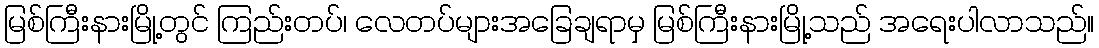
မြစ်ကြီးနားမြို့တွင် ကြည်းတပ်၊ လေတပ်များအခြေချရာမှ မြစ်ကြီးနားမြို့သည် အရေးပါလာသည်။